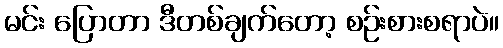
မင်း ပြောတာ ဒီတစ်ချက်တော့ စဉ်းစားစရာပဲ။